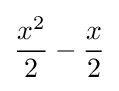
{\frac {x^{2}}{2}}-{\frac {x}{2}}